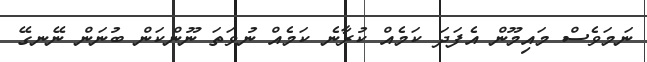
ނަމަވެސް މައިމޫން އެފަދަ ކަމެއް ކުރާނެ ކަމެއް ނުވަތަ ނޫންކަން ބުނަން ނޭނގޭ